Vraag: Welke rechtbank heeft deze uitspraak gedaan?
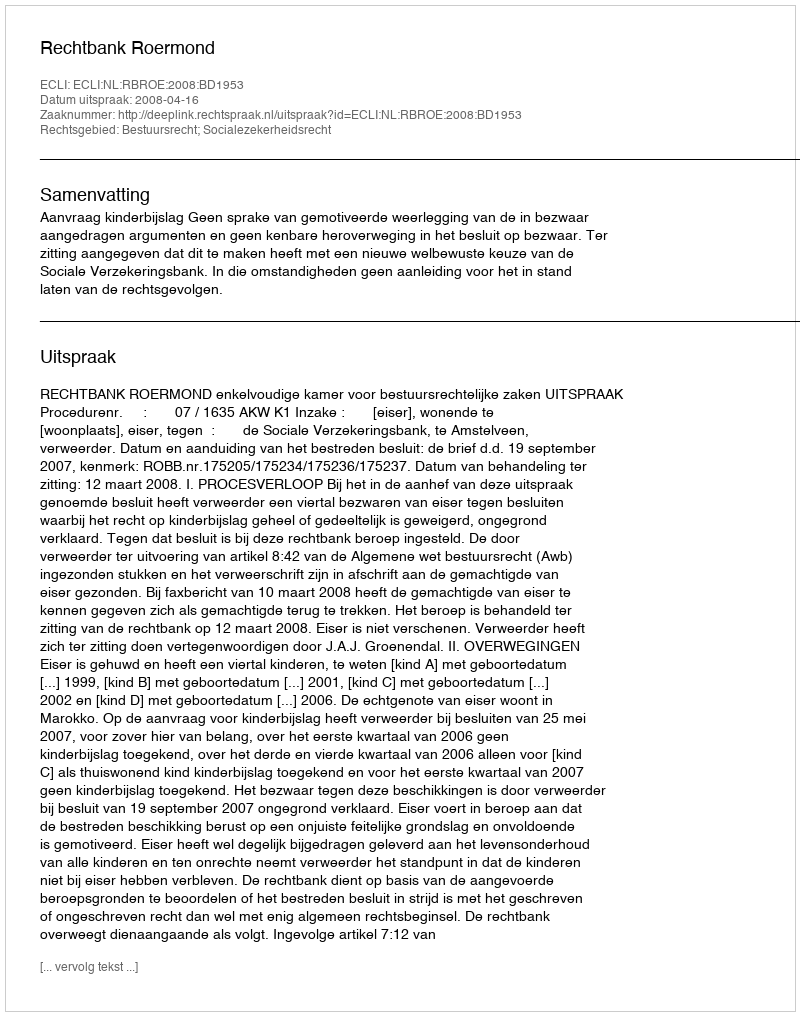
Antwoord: Rechtbank Roermond